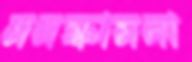
মনস্কামনা